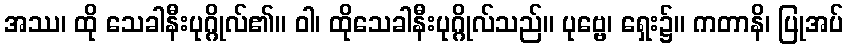
အဿ၊ ထို သေခါနီးပုဂ္ဂိုလ်၏။ ဝါ၊ ထိုသေခါနီးပုဂ္ဂိုလ်သည်။ ပုဗ္ဗေ၊ ရှေး၌။ ကတာနိ၊ ပြုအပ်